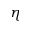
\eta